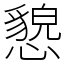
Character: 㦝